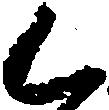
く